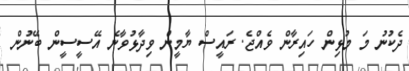
ދެކުނު މަ މުޅިން ހައިރާން ވެއްޖެ. ރައީސް ޔާމީން ވިދާޅުވާނެ އޭސީސީން ބޭނުން